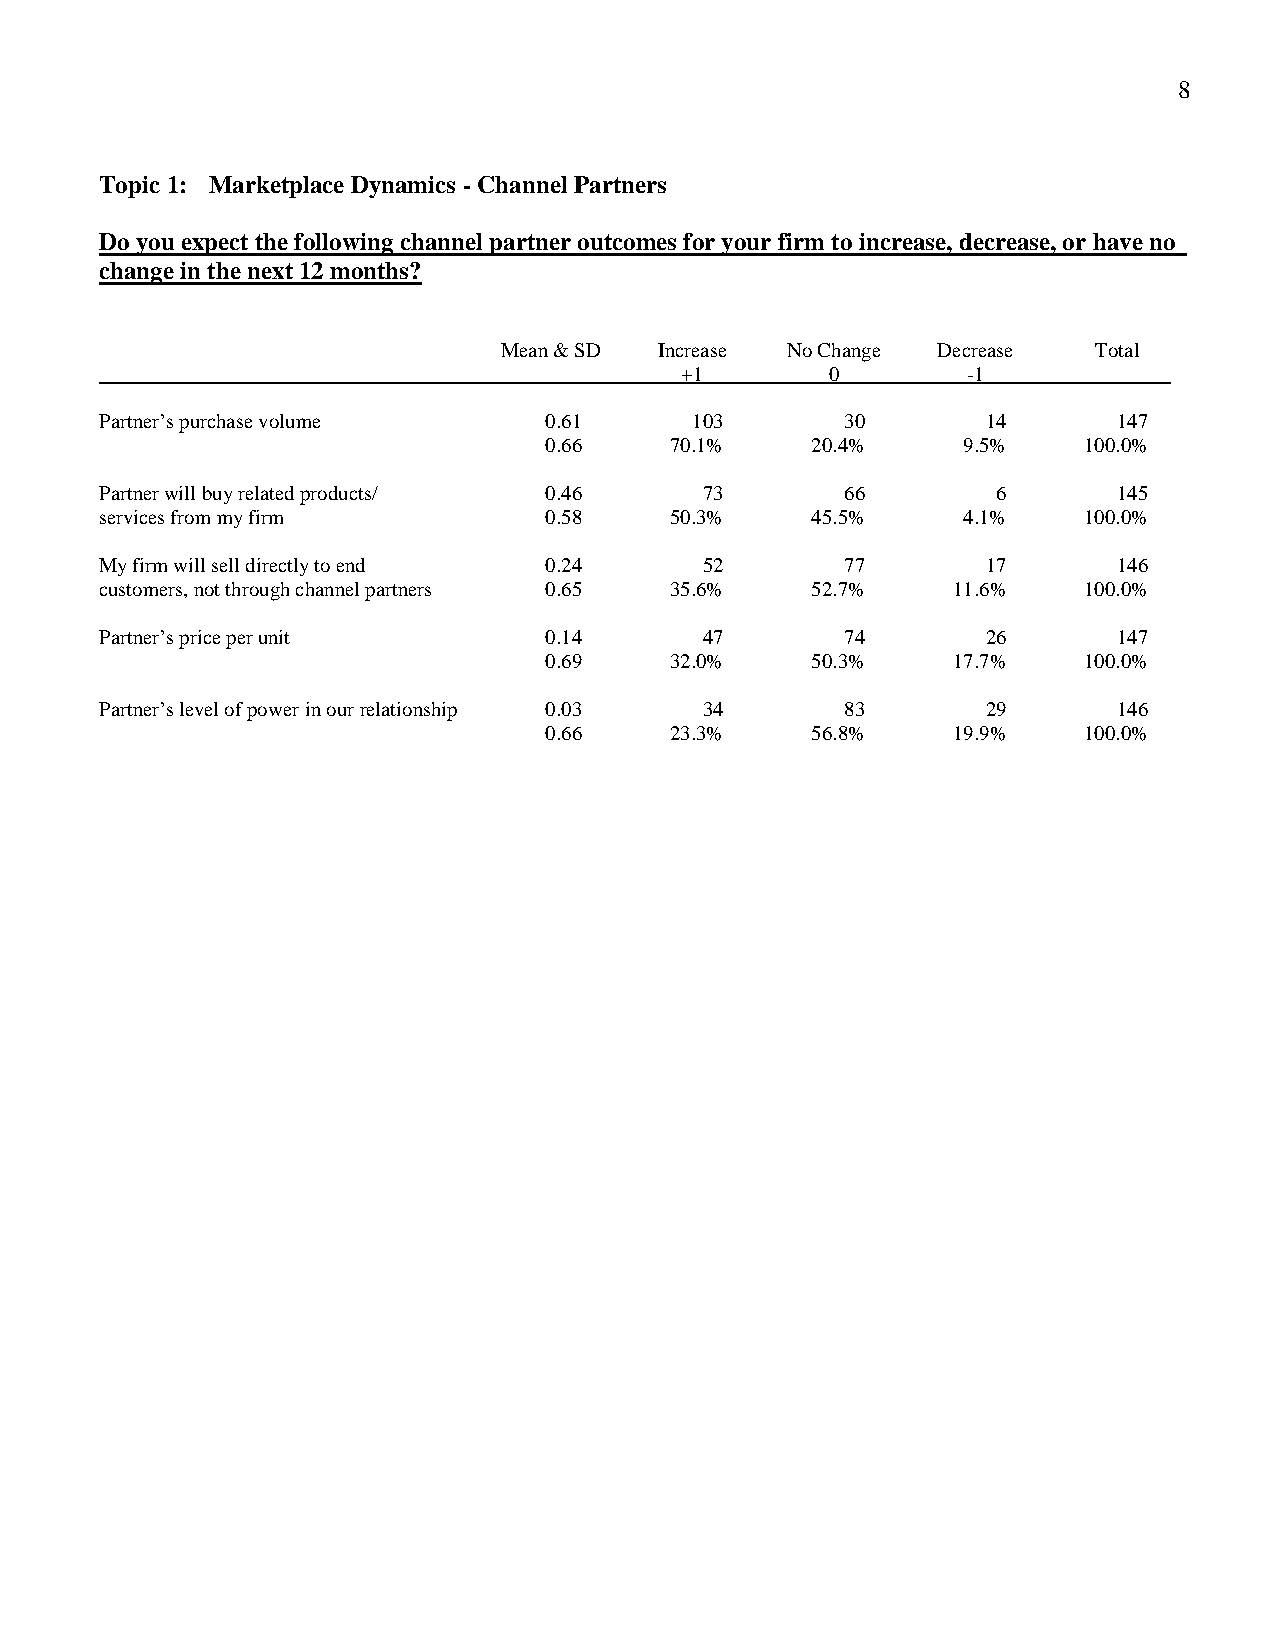
8
 Topic 1: Marketplace Dynamics - Channel Partners
 Do you expect the following channel partner outcomes for your firm to increase, decrease, or have no
 change in the next 12 months?
 Mean & SD  Increase No Change Decrease  Total
 +1        0        -1
 Partner’s purchase volume    0.61      103       30       14       147
 0.66    70.1%     20.4%     9.5%    100.0%
 Partner will buy related products/ 0.46 73       66        6       145
 services from my firm        0.58    50.3%     45.5%     4.1%    100.0%
 My firm will sell directly to end 0.24  52       77       17       146
 customers, not through channel partners 0.65 35.6% 52.7% 11.6%   100.0%
 Partner’s price per unit     0.14       47       74       26       147
 0.69    32.0%     50.3%    17.7%    100.0%
 Partner’s level of power in our relationship 0.03 34 83   29       146
 0.66    23.3%     56.8%    19.9%    100.0%